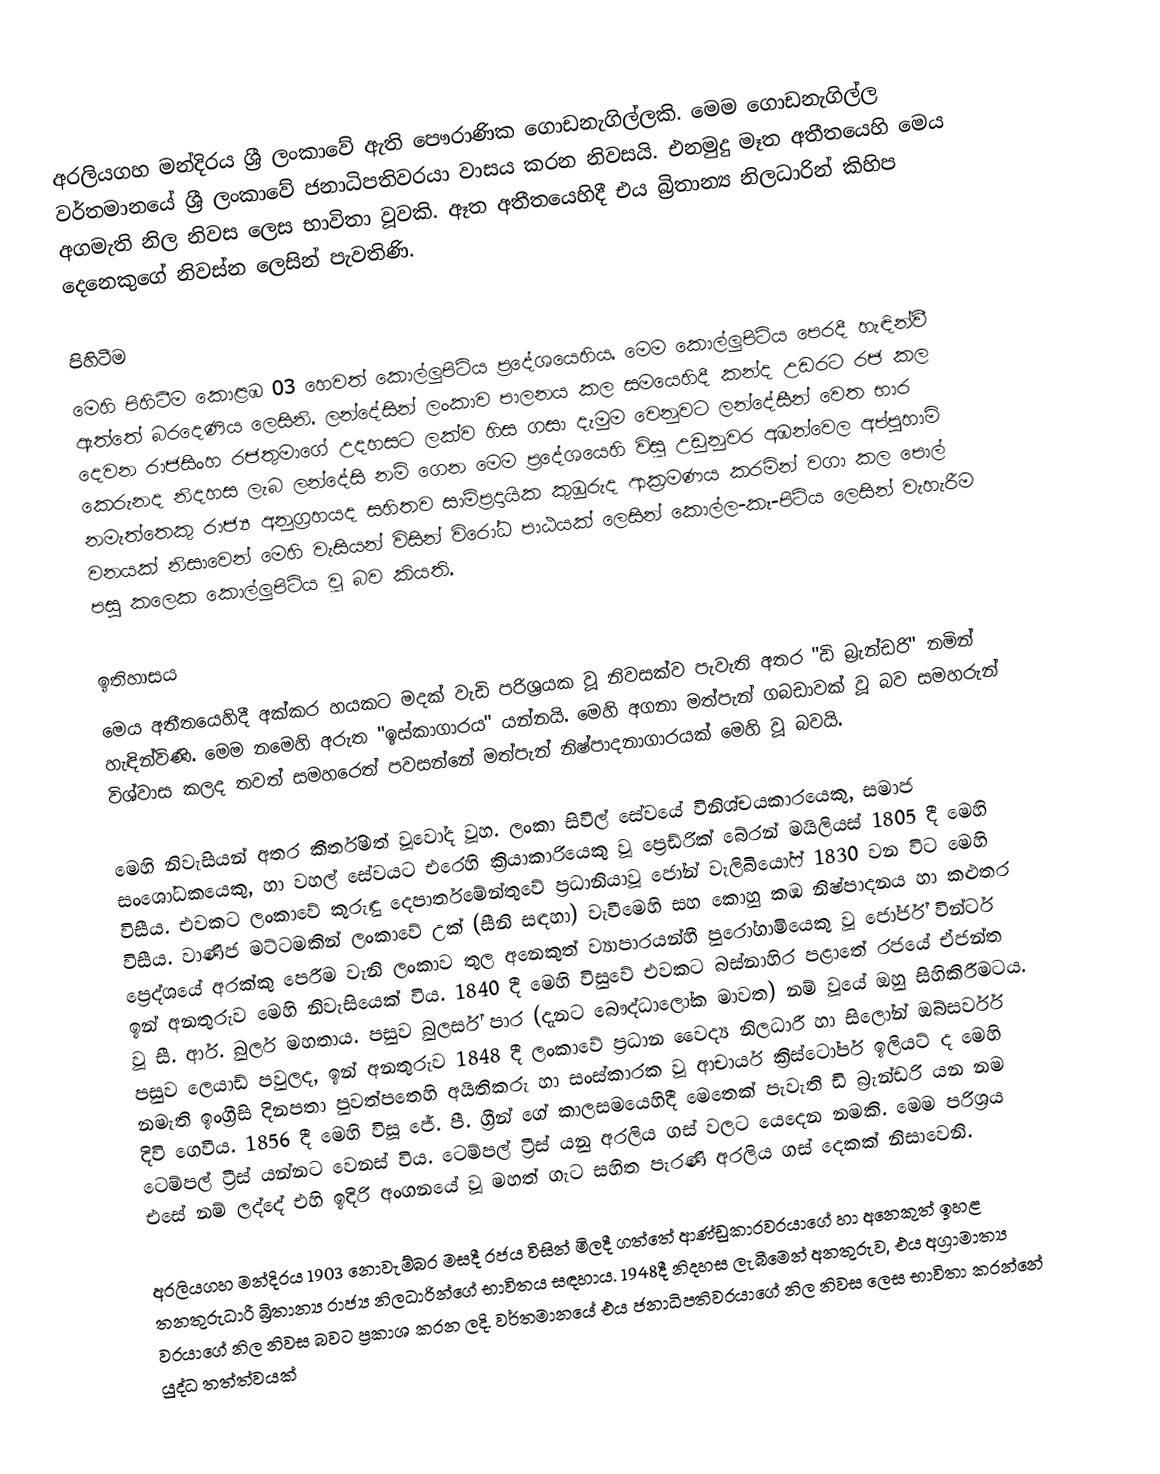
අරලියගහ මන්දිරය ශ්‍රී ලංකාවේ ඇති ‍පෞරාණික ගො‍‍ඩනැගිල්ලකි. මෙම ගො‍‍ඩනැගිල්ල වර්තමානයේ ශ්‍රී ලංකාවේ ජනාධිපතිවරයා වාසය කරන නිවසයි. එනමුදු මෑත අතීතයෙහි මෙය අගමැති නිල නිවස ලෙස භාවිතා වූවකි. ඈත අතීතයෙහිදී එය බ්‍රිතාන්‍ය නිලධාරින් කිහිප දෙනෙකුගේ නිවස්න ලෙසින් පැවතිණි.

පිහිටීම
මෙහි පිහිටීම කොළඹ 03 හෙවත් කොල්ලුපිටිය ප්‍රදේශයෙහිය. මෙම කොල්ලුපිටිය පෙරදී හැඳින්වී ඇත්තේ බරදෙණිය ලෙසිනි. ලන්දේසින් ලංකාව පාලනය කල සමයෙහිදී කන්ද උඩරට රජ කල දෙවන රාජසිංහ රජතුමාගේ උදහසට ලක්ව හිස ගසා දැමුම වෙනුවට ලන්දේසීන් වෙත භාර කෙරුනද නිදහස ලැබ ලන්දේසි නම් ගෙන මෙම ප්‍රදේශයෙහි විසූ උඩුනුවර අඹන්වෙල අප්පුහාමි නමැත්තෙකු රාජ්‍ය අනුග්‍රහයද සහිතව සාම්ප්‍රදායික කුඹුරුද ආක්‍රමණය කරමින් වගා කල පොල් වනයක් නිසාවෙන් මෙහි වැසියන් විසින් විරෝධ පාඨයක් ලෙසින් කොල්ල-කෑ-පිටිය ලෙසින් වැහැරීම පසු කලෙක කොල්ලුපිටිය වූ බව කියති.

ඉතිහාසය
මෙය අතීතයෙහිදී අක්කර හයකට මදක් වැඩි පරිශ්‍රයක වූ නිවසක්ව පැවැති අතර "ඩි බ්‍රැන්ඩරි" නමින් හැඳින්විණි. මෙම නමෙහි අරුත "ඉස්කාගාරය" යන්නයි. මෙහි අගනා මත්පැන් ගබඩාවක් වූ බව සමහරුන් විශ්වාස කලද තවත් සමහරෙත් පවසන්නේ මත්පැන් නිෂ්පාදනාගාරයක් මෙහි වූ බවයි.

මෙහි නිවැසියන් අතර කීර්තිමත් වූවෝද වූහ. ලංකා සිවිල් සේවයේ විනිශ්චයකාරයෙකු, සමාජ සංශෝධකයෙකු, හා වහල් සේවයට එරෙහි ක්‍රියාකාරියෙකු වූ ප්‍රෙඩ්රික් බේරන් මයිලියස් 1805 දී මෙහි විසීය. එවකට ලංකාවේ කුරුඳු දෙපාර්තමේන්තුවේ ප්‍රධානියාවූ ජෝන් වැලිබියෝෆ් 1830 වන විට මෙහි විසීය. වාණිජ මට්ටමකින් ලංකාවේ උක් (සීනි සඳහා) වැවීමෙහි සහ කොහු කඹ නිෂ්පාදනය හා කළුතර ප්‍රෙද්ශයේ අරක්කු පෙරීම වැනි ලංකාව තුල අනෙකුත් ව්‍යාපාරයන්හී පුරෝගාමියෙකු වූ ජෝර්ජ් වින්ටර් ඉන් අනතුරුව මෙහි නිවැසියෙක් විය. 1840 දී මෙහි විසුවේ එවකට බස්නාහිර පළාතේ රජයේ ඒජන්ත වූ සී. ආර්. බුලර් මහතාය. පසුව බුලර්ස් පාර (දැනට බෞද්ධාලෝක මාවත) නම් වූයේ ඔහු සිහිකිරීමටය. පසුව ලෙයාඩ් පවුලද, ඉන් අනතුරුව 1848 දී ලංකාවේ ප්‍රධාන වෛද්‍ය නිලධාරී හා සිලෝන් ඔබ්සර්වර් නමැති ඉංග්‍රීසි දිනපතා පුවත්පතෙහි අයිතිකරු හා සංස්කාරක වූ ආචාර්ය ක්‍රිස්ටෝපර් ඉලියට් ද මෙහි දිවි ගෙවීය. 1856 දී මෙහි විසූ ජේ. පී. ග්‍රීන් ගේ කාලසමයෙහිදී මෙතෙක් පැවැති ඩි බ්‍රැන්ඩරි යන නම ටෙම්පල් ට්‍රීස් යන්නට වෙනස් විය. ටෙම්පල් ට්‍රීස් යනු අරලිය ගස් වලට යෙදෙන නමකි. මෙම පරිශ්‍රය එසේ නම් ලද්දේ එහි ඉදිරි අංගනයේ වූ මහත් ගැට සහිත පැරණි අරලිය ගස් දෙකක් නිසාවෙනි.

අරලියගහ මන්දිරය 1903 නොවැම්බර මසදී රජය විසින් මිලදී ගත්තේ ආණ්ඩුකාරවරයාගේ හා අනෙකුත් ඉහළ තනතුරුධාරී බ්‍රිතාන්‍ය රාජ්‍ය නිලධාරින්ගේ භාවිතය සඳහාය. 1948දී නිදහස ලැබීමෙන් අනතුරුව, එය අග්‍රාමාත්‍ය වරයාගේ නිල නිවස බවට ප්‍රකාශ කරන ලදි. වර්තමානයේ එය ජනාධිපතිවරයාගේ නිල නිවස ලෙස භාවිතා කරන්නේ යුද්ධ තත්ත්වයක්